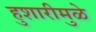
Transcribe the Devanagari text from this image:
हुशारीमुळे